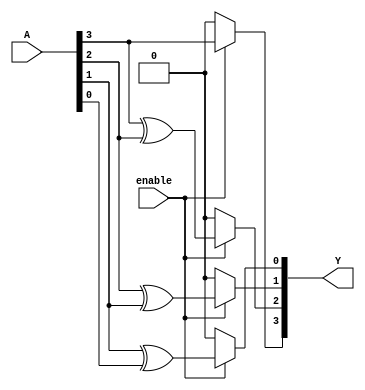
module relative_encoder (
    input  wire [3:0] A,      // N-bit input (4 bits)
    input  wire enable,        // Enable signal
    output reg  [3:0] Y       // M-bit output (4 bits)
);

// Gray code encoding logic
always @(*) begin
    if (enable) begin
        // Convert binary input A to Gray code
        Y[3] = A[3];           // MSB remains the same
        Y[2] = A[3] ^ A[2];    // XOR between A[3] and A[2]
        Y[1] = A[2] ^ A[1];    // XOR between A[2] and A[1]
        Y[0] = A[1] ^ A[0];    // XOR between A[1] and A[0]
    end else begin
        Y = 4'b0000;           // Default state when disabled
    end
end

endmodule